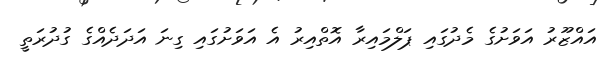
އައްޒޫރު އަވަށުގެ މެދުގައި ޕަލްމައިރާ އޮތްއިރު އެ އަވަށުގައި ގިނަ އަދަދެއްގެ ގުދުރަތީ